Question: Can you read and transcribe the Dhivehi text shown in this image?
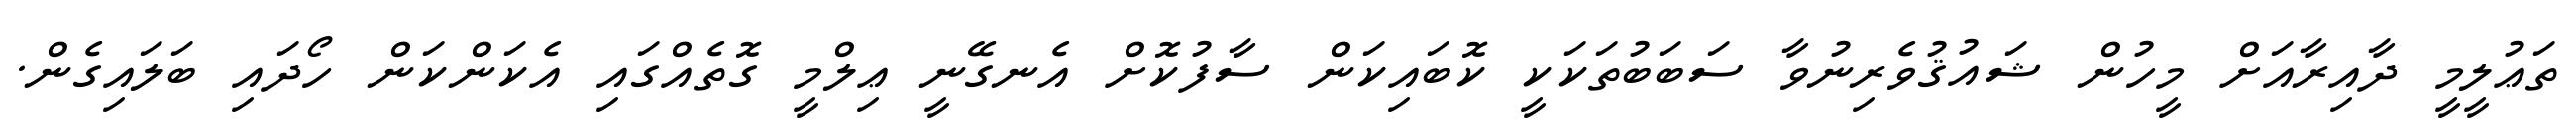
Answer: ތަޢުލީމީ ދާއިރާއަށް މީހުން ޝައުޤުވެރިނުވާ ސަބަބުތަކަކީ ކޮބައިކަން ސާފުކޮށް އެނގޭނީ ޢިލްމީ ގޮތެއްގައި އެކަންކަން ހޯދައި ބަލައިގެން.